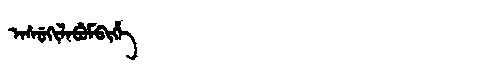
Manchu: ᠠᠰᡠᡴᡳᠯᠠᠪᡠᠮᠪᡳᡥᡝ
Romanization: ASUKILABUMBIHE